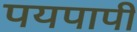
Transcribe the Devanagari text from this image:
पयपापी